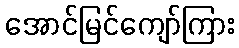
အောင်မြင်ကျော်ကြား